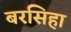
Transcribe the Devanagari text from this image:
बरसिहा